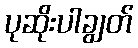
ပုဆိုးပါချွတ်